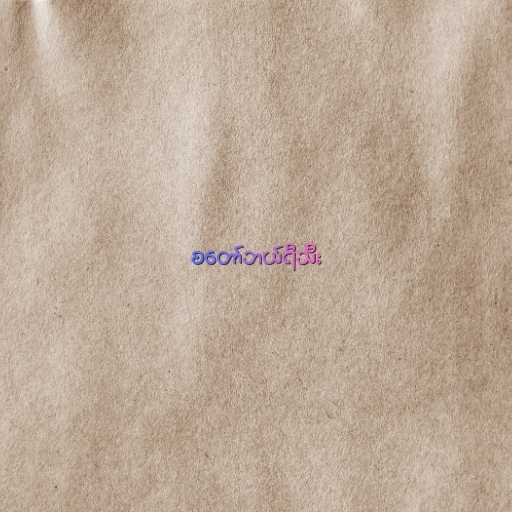
စတော်ဘယ်ရီသီး